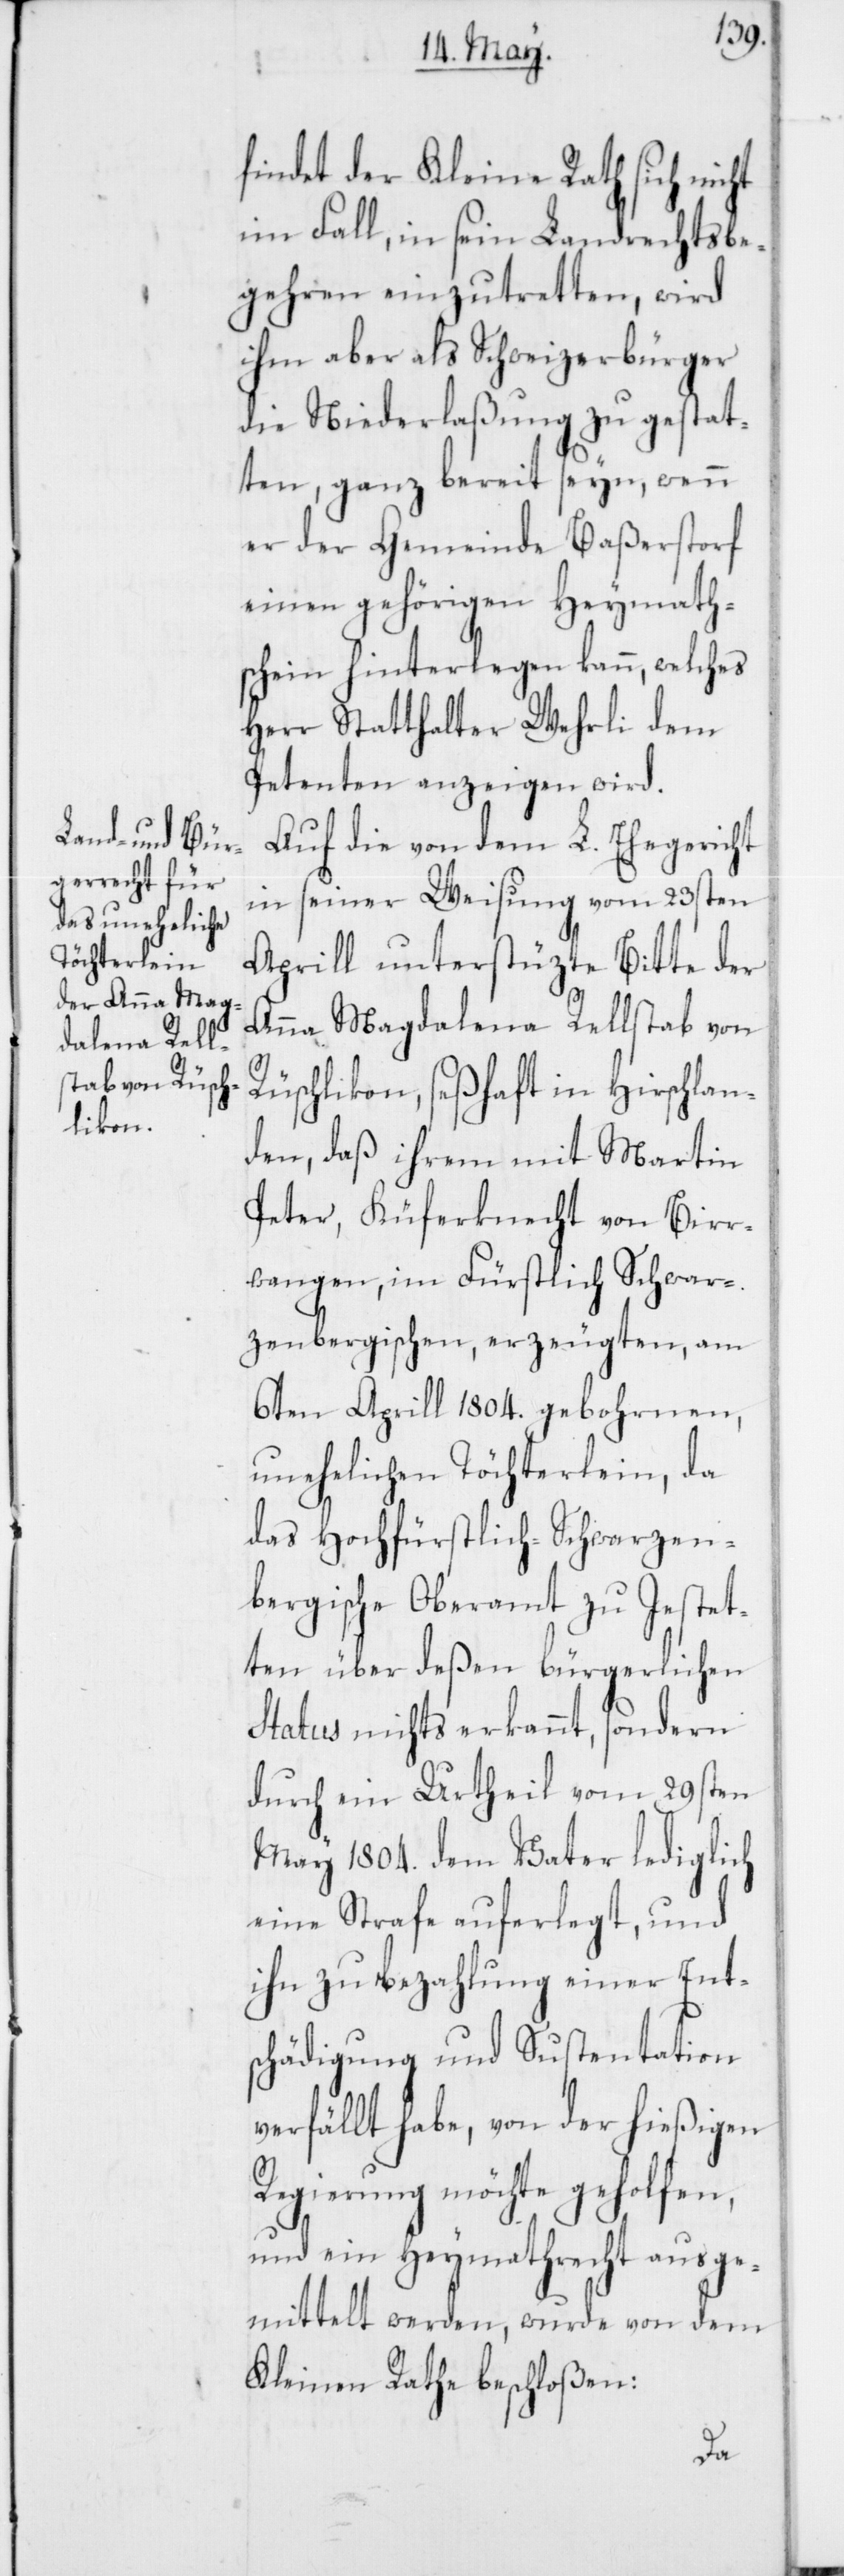
findet der Kleine Rath sich nicht
im Fall, in sein Landrechtsbe¬
gehren einzutretten, wird
ihm aber als Schweizerbürger
die Niederlaßung zu gestat¬
ten, ganz bereit seyn, wenn
er der Gemeinde Baßerstorf
einen gehörigen Heymath¬
schein hinterlegen kann, welches
Herr Statthalter Wehrli dem
Petenten anzeigen wird.
Auf die von dem L. Ehegericht
in seiner Weisung vom 23sten
Aprill unterstüzte Bitte der
Anna Magdalena Rellstab von
Rüschlikon, seßhaft in Hirschlan¬
den, daß ihrem mit Martin
Peter, Küferknecht von Birr¬
wangen, im Fürstlich Schwar¬
zenbergischen, erzeugten, am
6ten Aprill 1804. gebohrnen,
unehelichen Töchterlein, da
das Hochfürstlich-Schwarzen¬
bergische Oberamt zu Jestet¬
ten über deßen bürgerlichen
Status nichts erkannt, sondern
durch ein Urtheil vom 29sten
May 1804. dem Vater lediglich
eine Strafe auferlegt, und
ihn zu Bezahlung einer Ent¬
schädigung und Sustentation
verfällt habe, von der hießigen
Regierung möchte geholfen,
und ein Heymathrecht ausge¬
mittelt werden, wurde von dem
Kleinen Rath beschloßen: